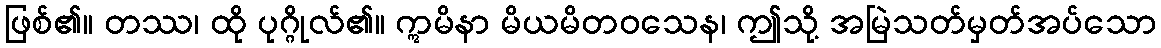
ဖြစ်၏။ တဿ၊ ထို ပုဂ္ဂိုလ်၏။ ဣမိနာ မိယမိတဝသေန၊ ဤသို့ အမြဲသတ်မှတ်အပ်သော